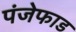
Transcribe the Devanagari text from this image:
पंजेफाड